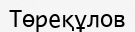
Төреқұлов